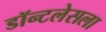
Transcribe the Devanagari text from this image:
डॉन्टलेसला